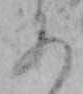
あ